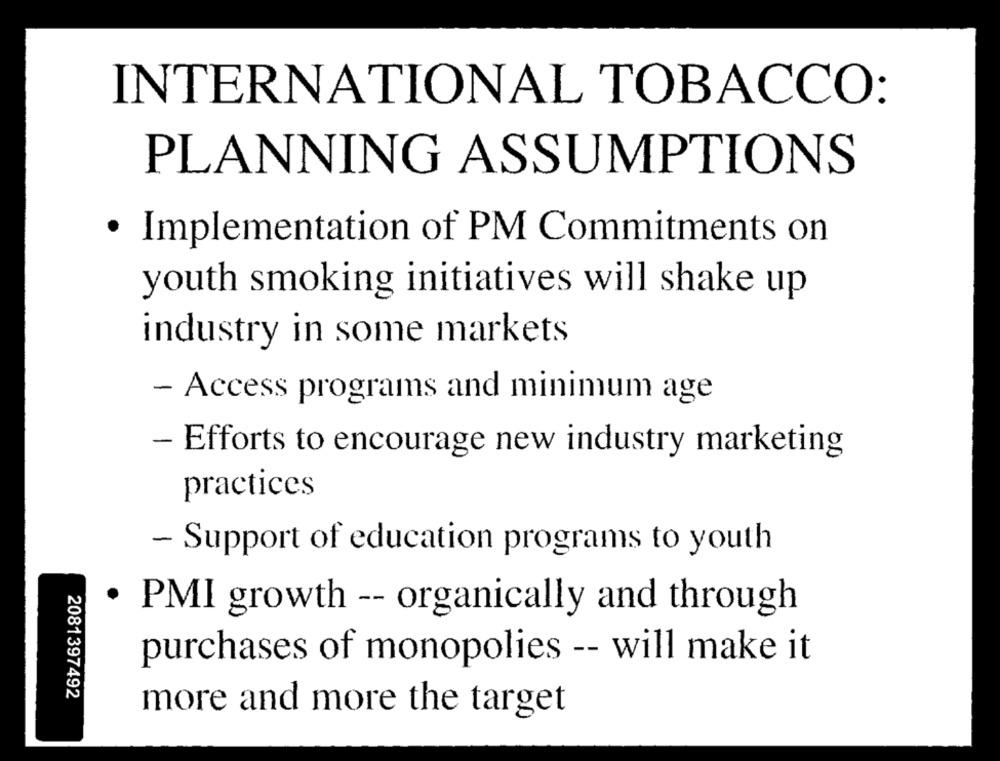
INTERNATIONAL TOBACCO:
PLANNING ASSUMPTIONS
· Implementation of PM Commitments on
youth smoking initiatives will shake up
industry in some markets
- Access programs and minimum age
- Efforts to encourage new industry marketing
practices
- Support of education programs to youth
.
PMI growth -- organically and through
purchases of monopolies -- will make it
2081397492
more and more the target